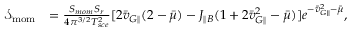
\begin{array} { r l } { \mathcal { S } _ { \mathrm { m o m } } } & { = \frac { S _ { m o m } S _ { r } } { 4 \pi ^ { 3 / 2 } T _ { s c e } ^ { 2 } } [ 2 \bar { v } _ { G \parallel } ( 2 - \bar { \mu } ) - J _ { \parallel B } ( 1 + 2 \bar { v } _ { G \parallel } ^ { 2 } - \bar { \mu } ) ] e ^ { - \bar { v } _ { G \parallel } ^ { 2 } - \bar { \mu } } , } \end{array}